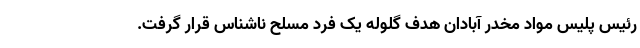
رئیس پلیس مواد مخدر آبادان هدف گلوله یک فرد مسلح ناشناس قرار گرفت.